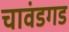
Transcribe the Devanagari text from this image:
चावंडगड